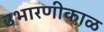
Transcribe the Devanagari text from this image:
उभारणीकाळ